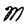
Character: M